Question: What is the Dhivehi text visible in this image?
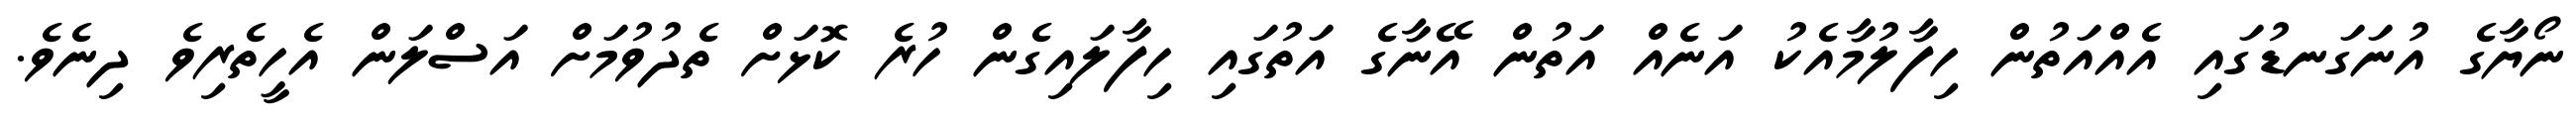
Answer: ނޯޔާގެ އުނަގަނޑުގައި އެއްއަތުން ހިފާލުމާއެކު އަނެއް އަތުން އޭނާގެ އަތުގައި ހިފާލައިގެން ހުރެ ކޮޅަށް ތެދުވުމަށް އަސްލަން އެހީތެރިވެ ދިނެވެ.